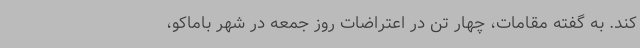
کند. به گفته مقامات، چهار تن در اعتراضات روز جمعه در شهر باماکو،